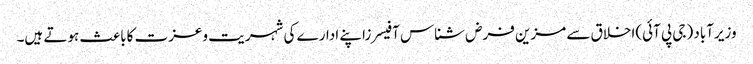
وزیرآباد (جی پی آئی)اخلاق سے مزین فرض شناس آفیسرزاپنے ادارے کی شہریت وعزت کاباعث ہوتے ہیں۔